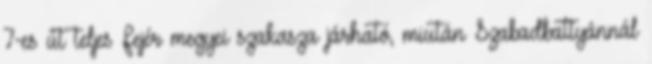
7-es út teljes Fejér megyei szakasza járható, miután Szabadbattyánnál